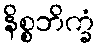
နိစ္စဘိက္ခံ